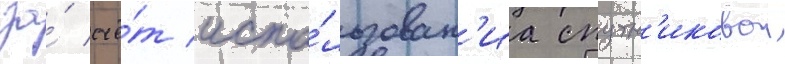
за́ счё́т испо́льзован'иа спутн'иковои